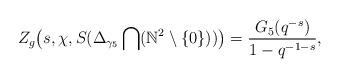
LaTeX: \begin{align*}Z_g\big(s, \chi, S(\Delta_{\gamma_5}\bigcap(\mathbb{N}^2\setminus \{0\}))\big)=\dfrac{G_5(q^{-s})}{1-q^{-1-s}},\end{align*}